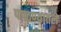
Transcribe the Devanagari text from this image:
पाळण्यातलें